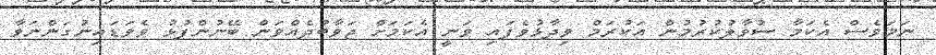
ނަމަވެސް އެކަމާ ސުވާލުކުރުމުން އަކުރަމް ވިދާޅުވެފައި ވަނީ އެކަމަށް ޖަވާބުދެއްވަން ބޭނުންފުޅު ވެވަޑައިނުގަންނަވާ